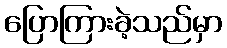
ပြောကြားခဲ့သည်မှာ